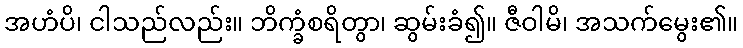
အဟံပိ၊ ငါသည်လည်း။ ဘိက္ခံစရိတွာ၊ ဆွမ်းခံ၍။ ဇီဝါမိ၊ အသက်မွေး၏။